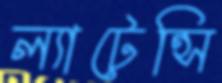
ল্যাটেন্সি